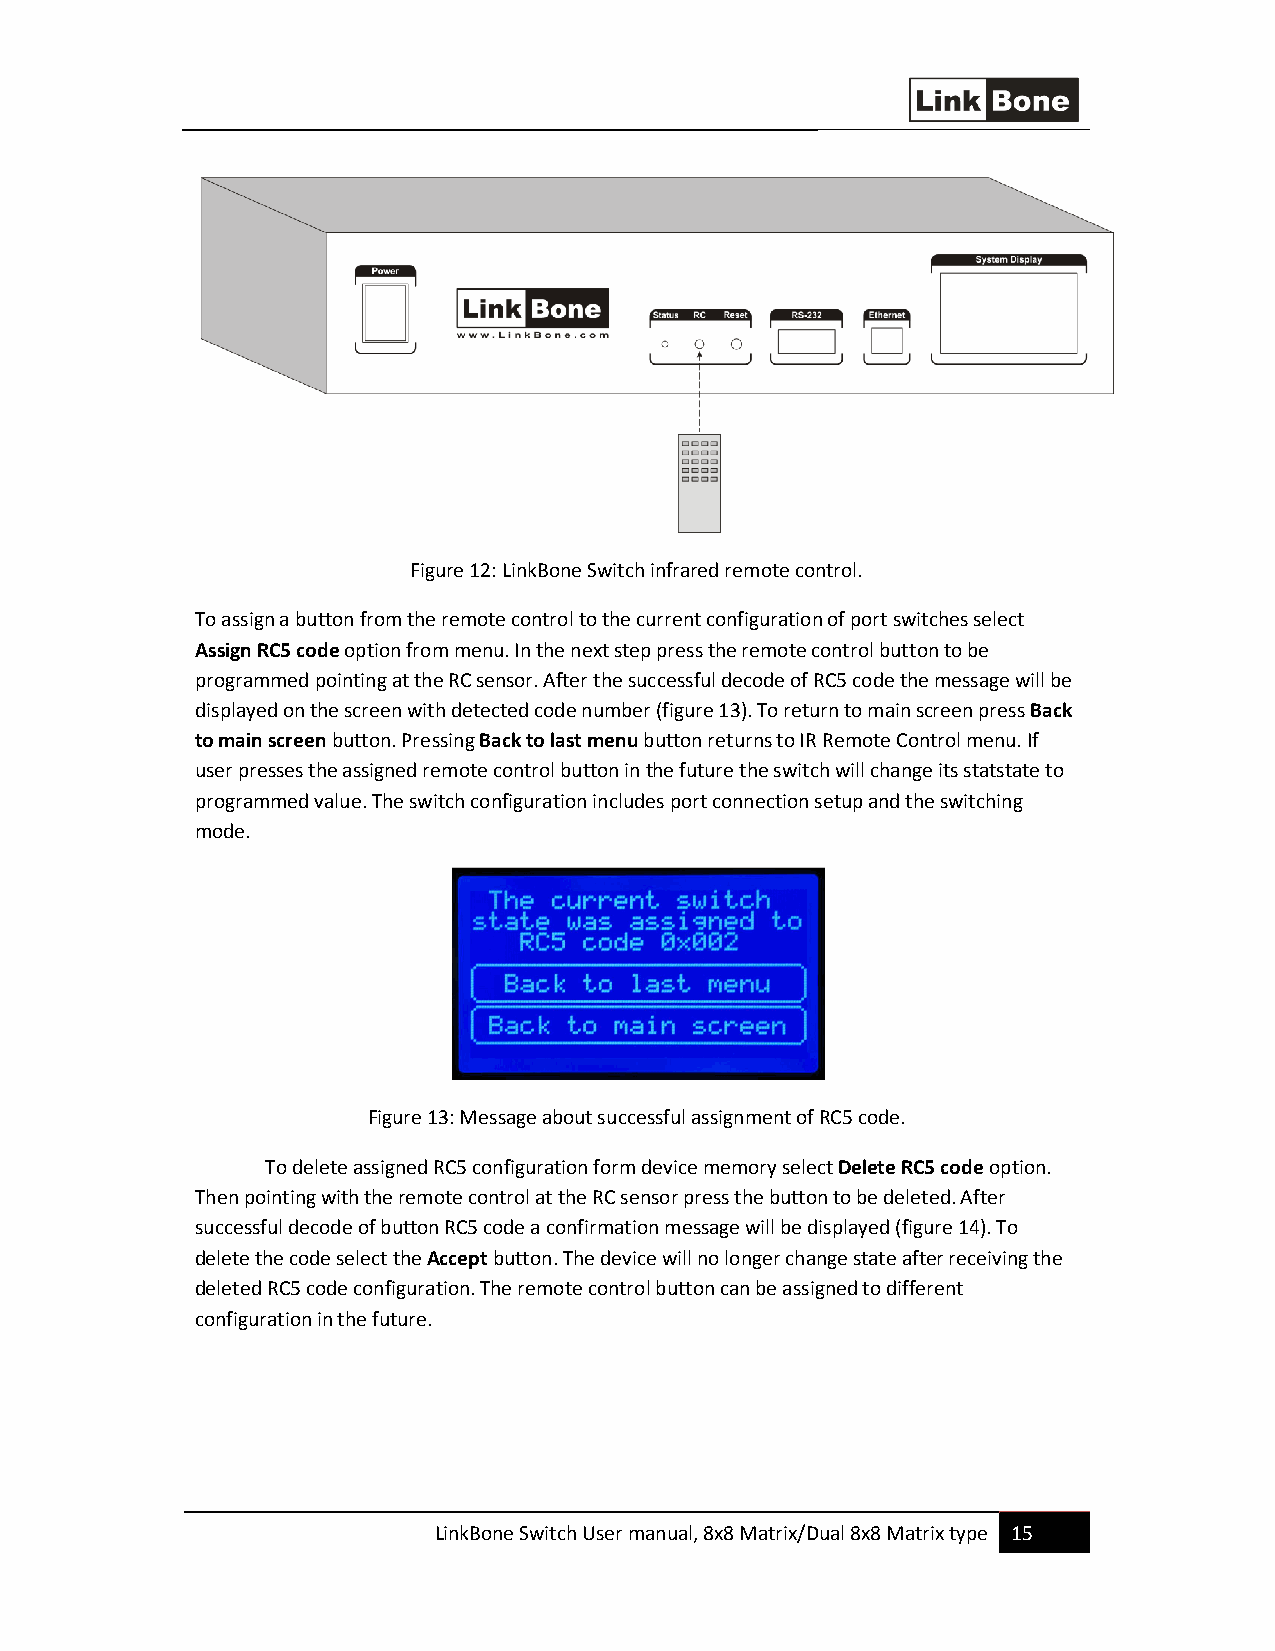
Figure 12: LinkBone Switch infrared remote control.
 To assign a button from the remote control to the current configuration of port switches select
 Assign RC5 code option from menu. In the next step press the remote control button to be
 programmed pointing at the RC sensor. After the successful decode of RC5 code the message will be
 displayed on the screen with detected code number (figure 13). To return to main screen press Back
 to main screen button. Pressing Back to last menu button returns to IR Remote Control menu. If
 user presses the assigned remote control button in the future the switch will change its statstate to
 programmed value. The switch configuration includes port connection setup and the switching
 mode.
 Figure 13: Message about successful assignment of RC5 code.
 To delete assigned RC5 configuration form device memory select Delete RC5 code option.
 Then pointing with the remote control at the RC sensor press the button to be deleted. After
 successful decode of button RC5 code a confirmation message will be displayed (figure 14). To
 delete the code select the Accept button. The device will no longer change state after receiving the
 deleted RC5 code configuration. The remote control button can be assigned to different
 configuration in the future.
 LinkBone Switch User manual, 8x8 Matrix/Dual 8x8 Matrix type 15